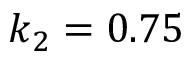
k _ { 2 } = 0 . 7 5